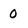
Character: 0